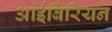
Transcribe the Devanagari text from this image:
आईबिरियन